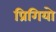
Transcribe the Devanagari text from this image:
प्रिगियो